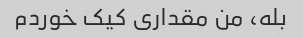
بله، من مقداری کیک خوردم